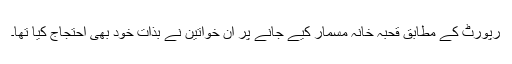
رپورٹ کے مطابق قحبہ خانہ مسمار کیے جانے پر ان خواتین نے بذات خود بھی احتجاج کیا تھا۔